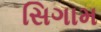
સિગામ